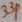
Text: 33p